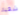
شقية